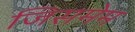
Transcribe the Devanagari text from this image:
जिसमेम